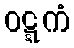
ဝဋ္ဋကံ